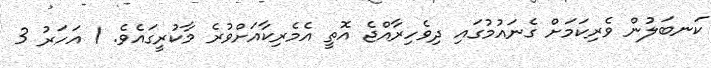
ކަނބަލުން ވެރިކަމަށް ގެނައުމުގައި ދިވެހިރާއްޖެ އޮތީ އެމެރިކާއަށްވުރެ މާކުރީގައެވެ. 1 އަހަރު 3